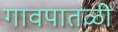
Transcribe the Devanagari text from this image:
गावपातळी